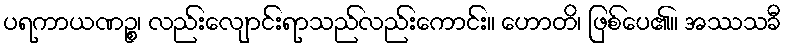
ပရကာယဏဉ္စ၊ လည်းလျောင်းရာသည်လည်းကောင်း။ ဟောတိ၊ ဖြစ်ပေ၏။ အဿသခီ